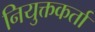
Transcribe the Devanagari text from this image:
नियुक्तकर्ता